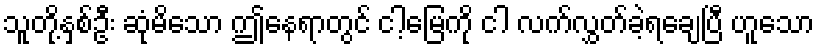
သူတို့နှစ်ဦး ဆုံမိသော ဤနေရာတွင် ငါ့မြေကို ငါ လက်လွှတ်ခဲ့ရချေပြီ ဟူသော